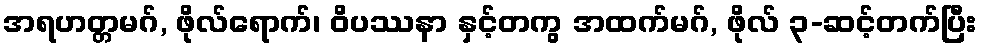
အရဟတ္တမဂ်, ဖိုလ်ရောက်၊ ဝိပဿနာ နှင့်တကွ အထက်မဂ်, ဖိုလ် ၃-ဆင့်တက်ပြီး